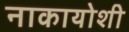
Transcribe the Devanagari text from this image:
नाकायोशी